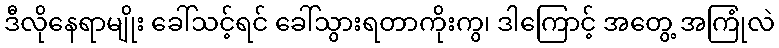
ဒီလိုနေရာမျိုး ခေါ်သင့်ရင် ခေါ်သွားရတာကိုးကွ၊ ဒါကြောင့် အတွေ့ အကြုံလဲ